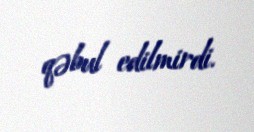
qəbul edilmirdi.